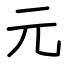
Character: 元